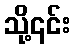
သို့၎င်း